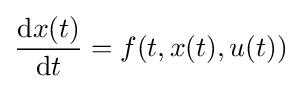
{\frac {\mathrm {d} x(t)}{\mathrm {d} t}}=f(t,x(t),u(t))